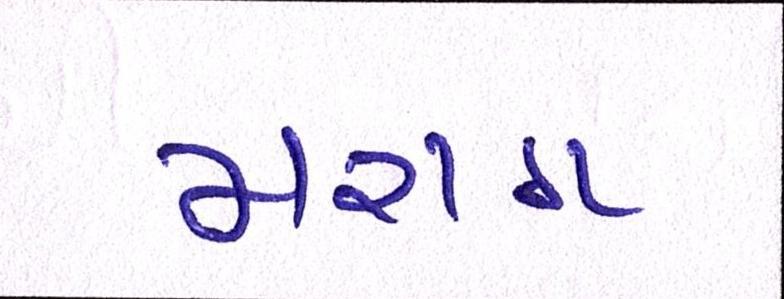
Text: મરાઠા